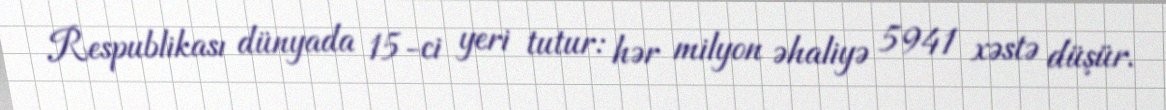
Respublikası dünyada 15-ci yeri tutur: hər milyon əhaliyə 5941 xəstə düşür.